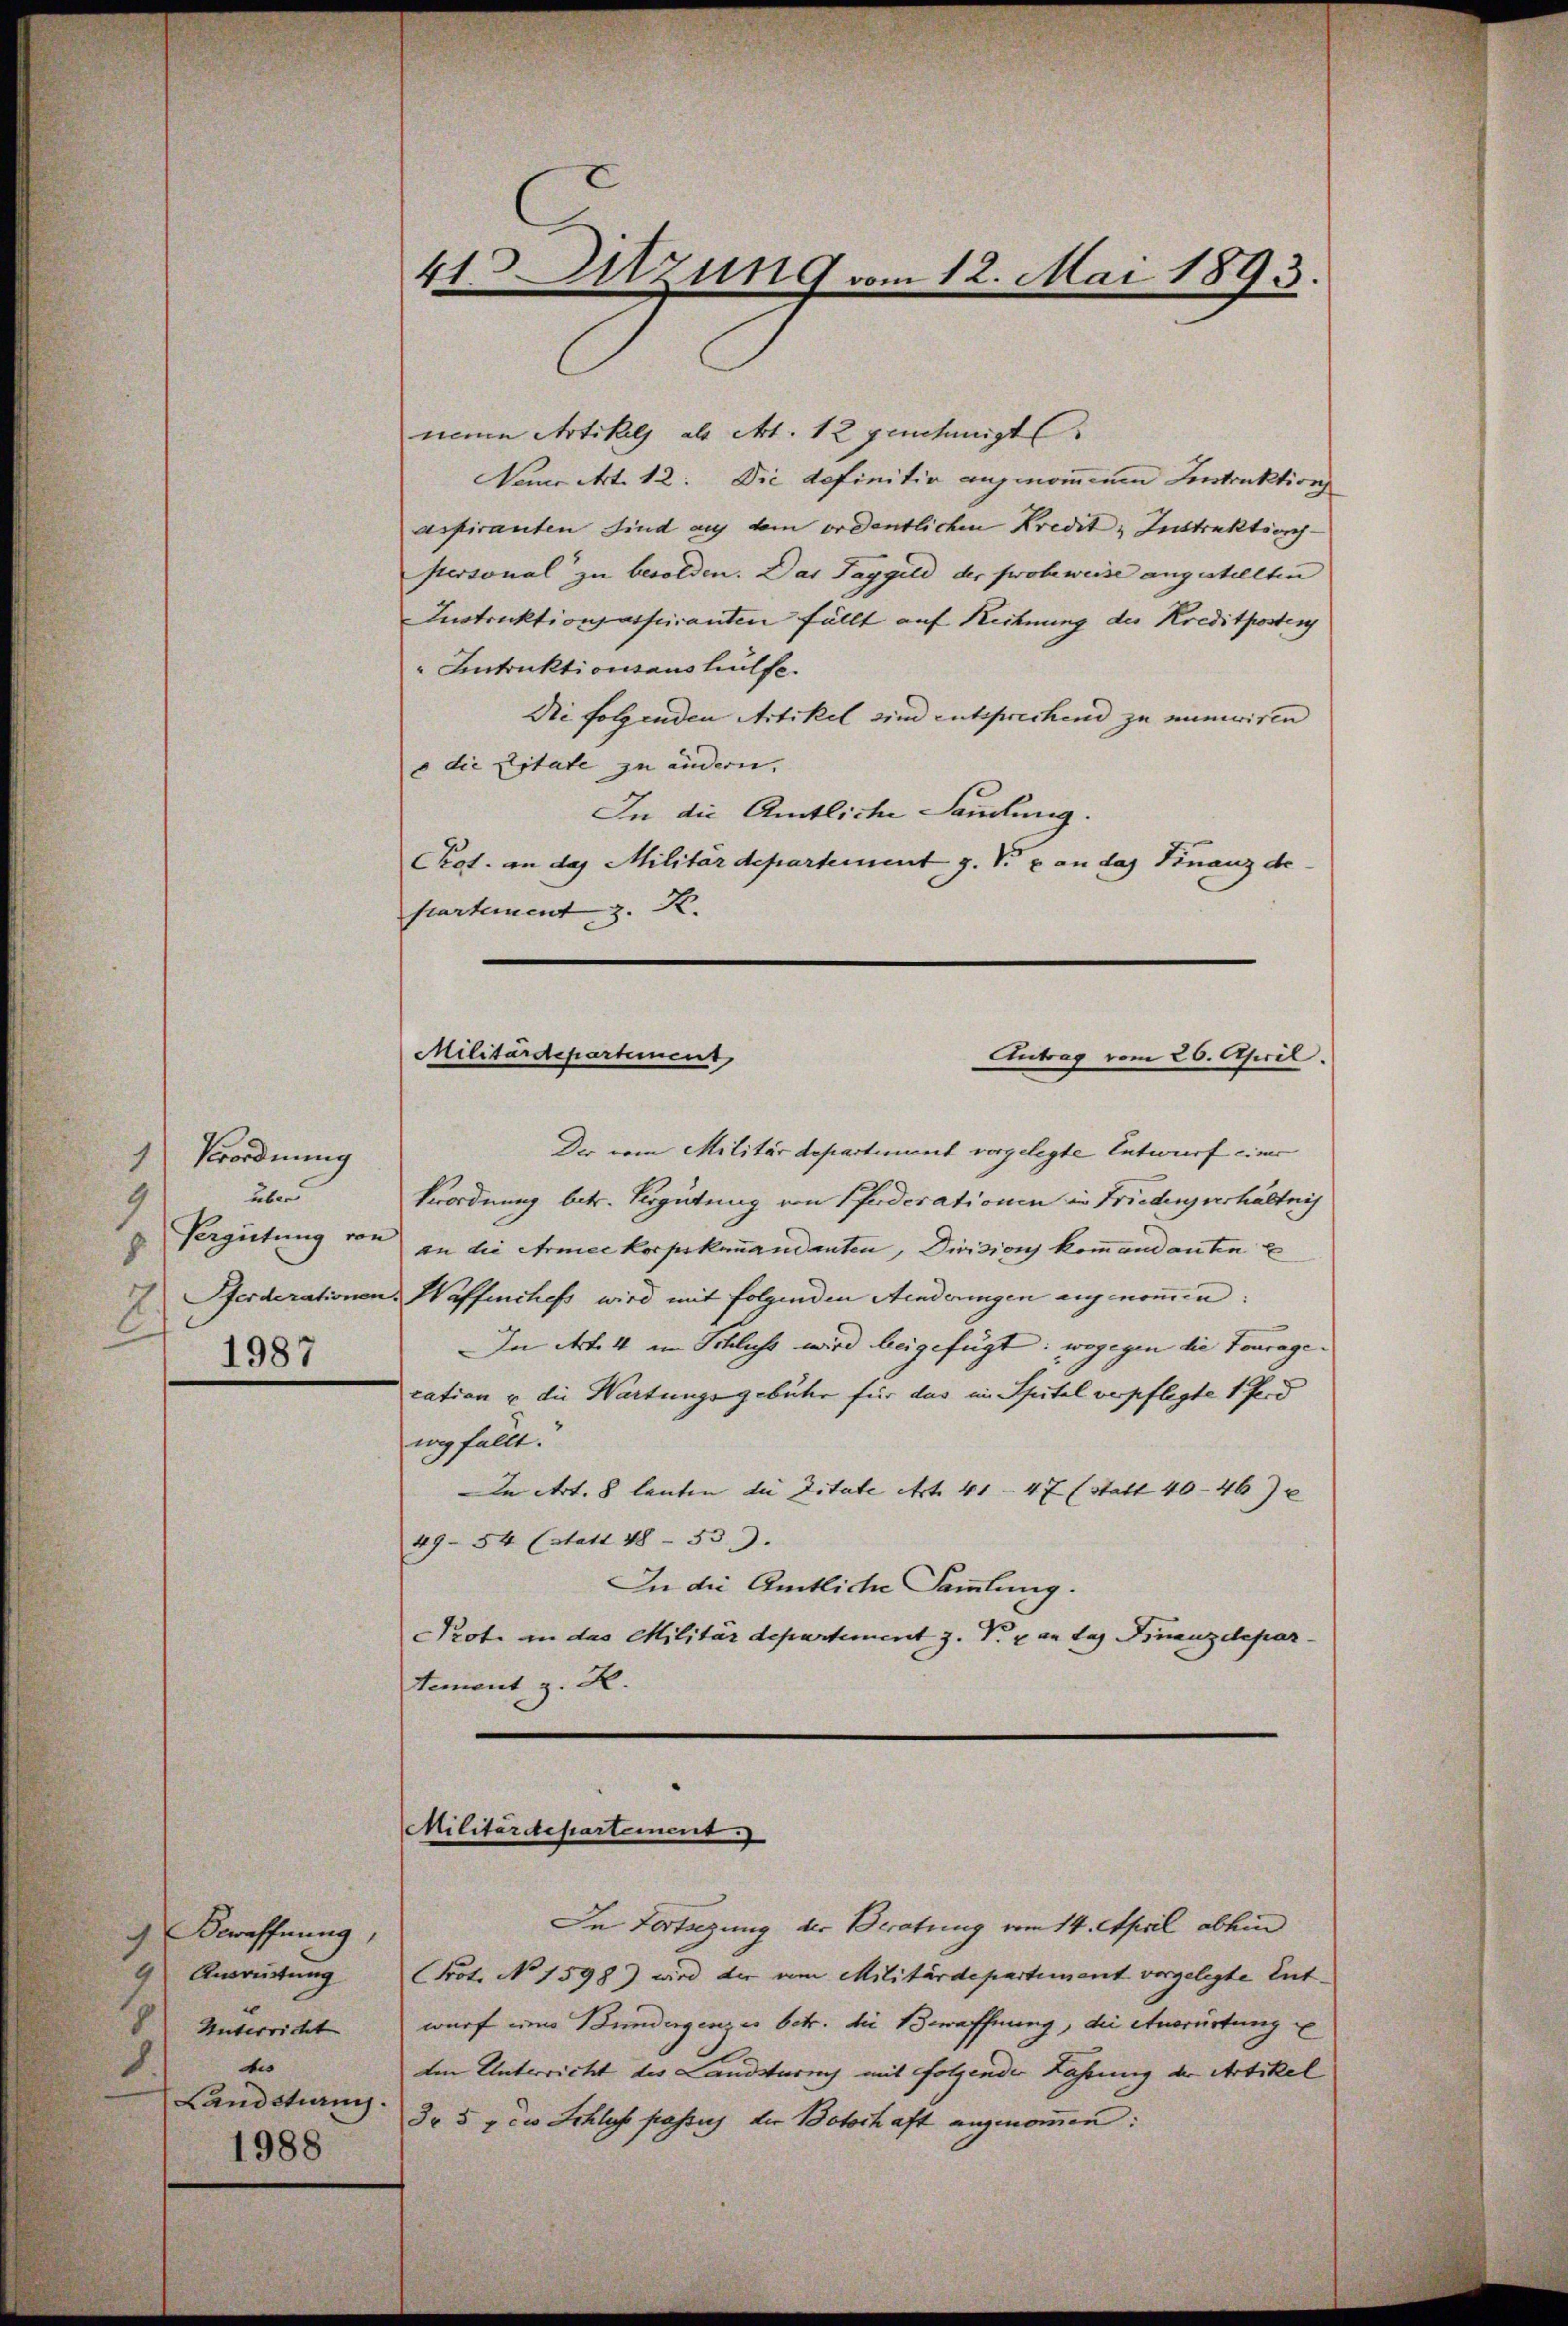
Verordnung
1
über
3
Vergütung von
8
2
1987

9 Bewaffnung,
9 Ausrüstung
Unterricht
ts
8.
Landstrang.
1988

41. Sitzung vom 12. Mai 1893.

neue Artikels als Art. 12 genehmigt
Name Art. 12. Die definitiv angenommenen Instruktion
aspiranten sind auf dem ordentlichen Kredit Instruktions¬
Personal zu besolden. Das Taggeld der probeweise angestellten
Instruktionsaspiranten fällt auf Rechnung des Kreditposten
"Intruktionsaushülfe.
Die folgenden Artikel sind entsprechend zu mumwiren |
o die Citate zu andern.
In die Amtliche Sandlung.
CKot. an das Militärdepartement J. V. an das Finanz de
partement z. K.

Militärdepartement
Antrag vom 26. April.

Militärdepartement.

Der vom Militärdepartement vorgelegte Entwurf einer
Verordnung betr. Vergütung von Pfaderationen in Frieden verhältnis
an die Armeekorpskamandanten, Divisions kommandanten E
Pferderationen. Waffenchefs wird mit folgenden Aenderungen aufgenommen:
In Art. 4 im Schlichs wird beigefügt: wogegen die Fouragecation u die Wartungsgebühr für das in Spital verpflegte 1 ford
wegfällt.
In Art. 8 lauten die Zitate Art. 41 - 47 (Statt 40-46)
49-54 (statt 1853).
In die Amtliche Sammlung.
Prote in das Militärdepartement z. Pr. 2 an das Finanzdepartemont z. R.

In Vertagung der Beratung vom 14. April abhin
rot. No 1598) wird der vom Militärdepartement vorgelegte Entwurf eine Bundergenzes betr. die Bewaffnung, die Ausrüstung e
Im Unterricht des Landsturny mit folgender Fahrung der Artikel
Dr 5 pcis Schlus passich die Botschaft angenommen: